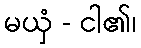
မယှံ - ငါ၏၊